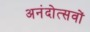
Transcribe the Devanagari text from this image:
अनंदोत्सवों